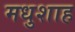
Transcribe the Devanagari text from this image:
मधुशाह